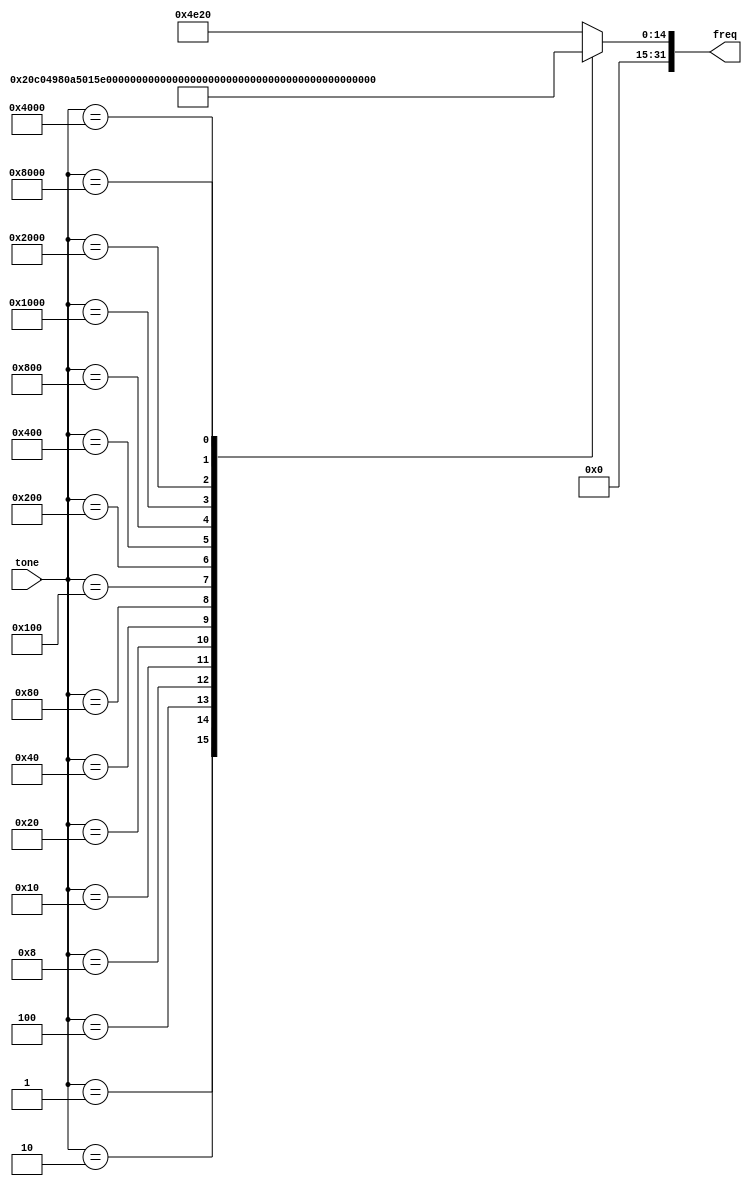
//
//
//
//

module Decoder (
	input [15:0] tone,
	output reg [31:0] freq 
);

always @(*) begin
	case (tone)
		16'b0000_0000_0000_0001: freq = 32'd262;	//Do-m
		16'b0000_0000_0000_0010: freq = 32'd294;	//Re-m
		16'b0000_0000_0000_0100: freq = 32'd330;	//Mi-m
		16'b0000_0000_0000_1000: freq = 32'd349;	//Fa-m
		16'b0000_0000_0001_0000: freq = 32'd392;	//Sol-m
		16'b0000_0000_0010_0000: freq = 32'd440;	//La-m
		16'b0000_0000_0100_0000: freq = 32'd494;	//Si-m
		16'b0000_0000_1000_0000: freq = 32'd262 << 1;	//Do-h
		16'b0000_0001_0000_0000: freq = 32'd294 << 1;
		16'b0000_0010_0000_0000: freq = 32'd330 << 1;
		16'b0000_0100_0000_0000: freq = 32'd349 << 1;
		16'b0000_1000_0000_0000: freq = 32'd392 << 1;
		16'b0001_0000_0000_0000: freq = 32'd440 << 1;
		16'b0010_0000_0000_0000: freq = 32'd494 << 1;
		16'b0100_0000_0000_0000: freq = 32'd262 << 2;
		16'b1000_0000_0000_0000: freq = 32'd294 << 2;
		default : freq = 32'd20000;	//Do-dummy
	endcase
end

endmodule